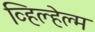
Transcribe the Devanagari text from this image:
व्हिल्हेल्म